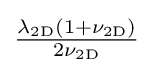
{\tfrac {\lambda _{\mathrm {2D} }(1+\nu _{\mathrm {2D} })}{2\nu _{\mathrm {2D} }}}